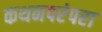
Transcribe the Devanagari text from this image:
कथनपरंपरा